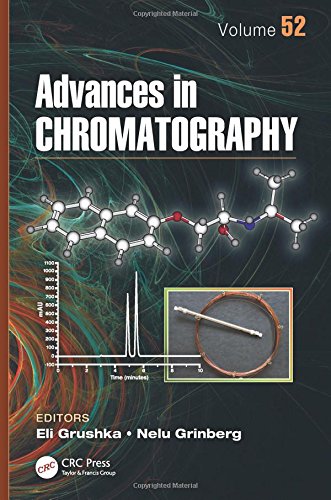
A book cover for Advances in Chromatography, Volume 52; Science & Math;